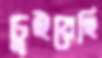
চুইয়েছি